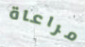
مراعاة